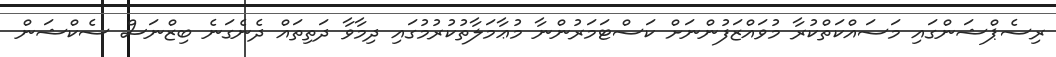
ރިސެޕްޝަންގައި މަސައްކަތްކުރާ މުވައްޒަފުންނަށް ކަސްޓަމަރުންނާ މުޢާމަލާތުކުރުމުގައި ދިމާވާ ދަތިތައް ދެނެގަނެ ބިޒްނަސް ސެކްޝަން